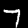
Label: 7